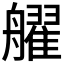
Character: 𱽄